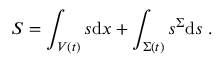
S = \int _ { V ( t ) } s \mathrm { d } \boldsymbol { x } + \int _ { \Sigma ( t ) } s ^ { \Sigma } \mathrm { d } s \; .